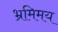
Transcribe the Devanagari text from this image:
भ्रमिमय